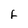
Character: F